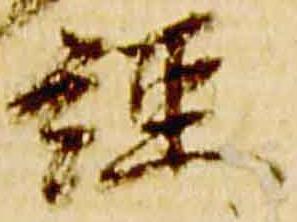
経